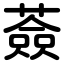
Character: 薟